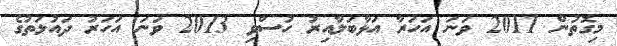
މިގޮތުން 2011 ވަނަ އަހަރާ އަޅާބަލާއިރު ހުސްވި 2013 ވަނަ އަހަރު ދައުލަތުގެ